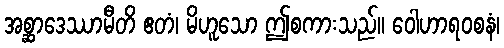
အစ္ဆာဒေဿာမီတိ ဧတံ၊ မိဟူသော ဤစကားသည်။ ဝေါဟာရဝစနံ၊